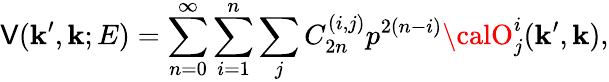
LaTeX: \mathsf{V}({\mathbf{k}}^{\prime},{\mathbf{k}};E)=\sum_{n=0}^{\infty}\sum_{i=1}^{n}\sum_{j}C_{2n}^{(i,j)}p^{2(n-i)}{\calO}_{j}^{i}({\mathbf{k}}^{\prime},{\mathbf{k}}),